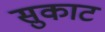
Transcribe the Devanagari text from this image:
सुकाट